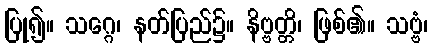
ပြု၍။ သဂ္ဂေ၊ နတ်ပြည်၌။ နိဗ္ဗတ္တိ၊ ဖြစ်၏။ သဗ္ဗံ၊